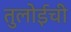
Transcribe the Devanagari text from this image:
तुलोईची